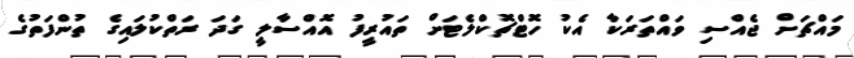
މައްޗަށް ޖެއްސި ވައްތަރަކާ އެކު ހޮޓްޗޮކްލެޓަށް ތައުރީފު އޮއްސާލީ ގަދަ ރަތްކުލައިގެ ތުންފަތުގެ